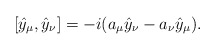
\begin{gather*}[\hat{y}_\mu,\hat{y}_\nu]=-i(a_\mu\hat{y}_\nu-a_\nu\hat{y}_\mu).\end{gather*}